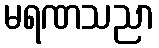
မရဏသညာ